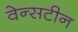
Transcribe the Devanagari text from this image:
वेन्सटीन